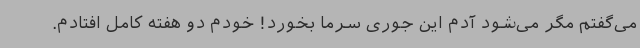
می‌گفتم مگر می‌شود آدم این جوری سرما بخورد! خودم دو هفته کامل افتادم.